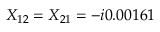
X _ { 1 2 } = X _ { 2 1 } = - i 0 . 0 0 1 6 1